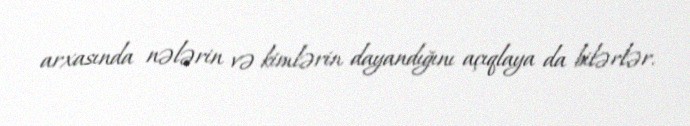
arxasında nələrin və kimlərin dayandığını açıqlaya da bilərlər.